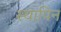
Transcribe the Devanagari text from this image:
स्थापिन